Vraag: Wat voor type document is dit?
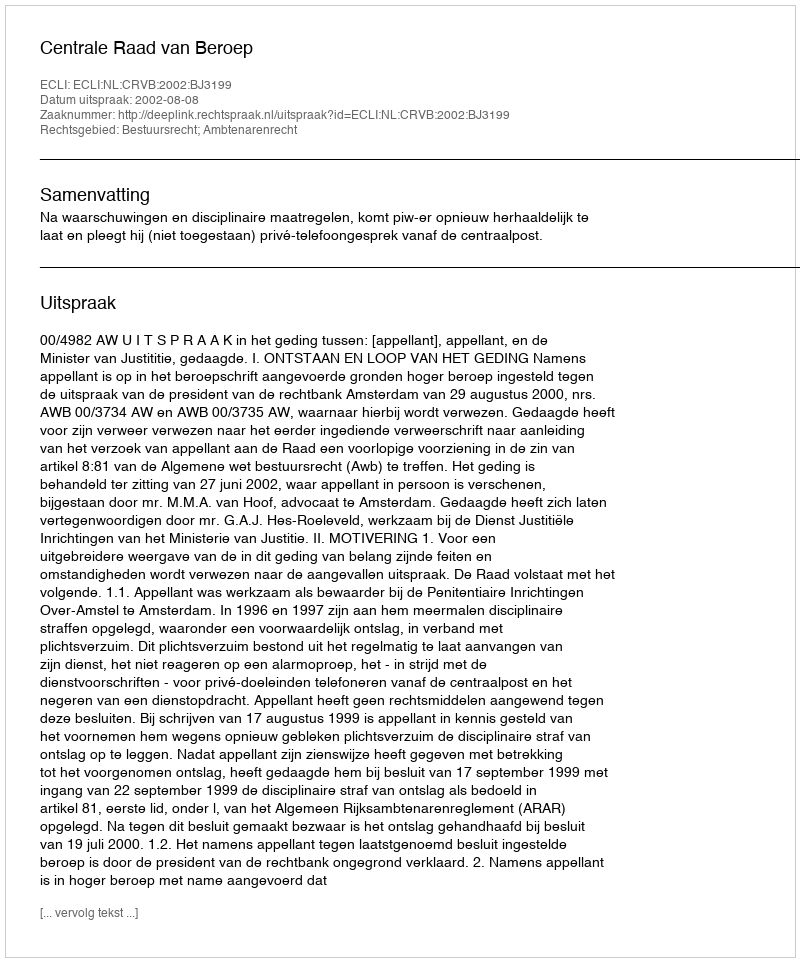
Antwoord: Uitspraak